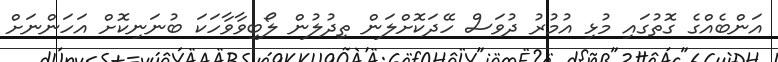
އަންބެއްގެ ގޮތުގައި މުޅި އުމުރު ދުވަސް ހޭދަކޮށްލަން ތިދުލުން ލޯބިވާވާހަކަ ބުނަނިކޮށް އަހަންނަށް